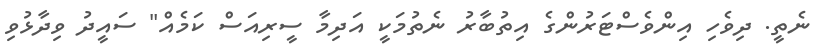
ނެތީ. ދިވެހި އިންވެސްޓަރުންގެ އިތުބާރު ނެތުމަކީ އަދިމާ ސީރިއަސް ކަމެއް" ސައީދު ވިދާޅުވި